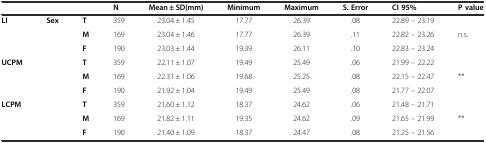
| <COLSPAN=3>  | N | Mean ± SD(mm) | Minimum | Maximum | S. Error | CI 95% | P value |
 | --- | --- | --- | --- | --- | --- | --- | --- | --- | --- |
 | <ROWSPAN=3> LI | <ROWSPAN=9> Sex | T | 359 | 23.04 ± 1.45 | 17.77 | 26.39 | .08 | 22.89 – 23.19 |  |
 | M | 169 | 23.04 ± 1.46 | 17.77 | 26.39 | .11 | 22.82 – 23.26 | <ROWSPAN=2> n.s. |
 | F | 190 | 23.03 ± 1.44 | 19.39 | 26.11 | .10 | 22.83 – 23.24 |
 | <ROWSPAN=3> UCPM | T | 359 | 22.11 ± 1.07 | 19.49 | 25.49 | .06 | 21.99 – 22.22 |  |
 | M | 169 | 22.31 ± 1.06 | 19.68 | 25.25 | .08 | 22.15 – 22.47 | <ROWSPAN=2> ** |
 | F | 190 | 21.92 ± 1.04 | 19.49 | 25.49 | .08 | 21.77 – 22.07 |
 | <ROWSPAN=3> LCPM | T | 359 | 21.60 ± 1.12 | 18.37 | 24.62 | .06 | 21.48 – 21.71 |  |
 | M | 169 | 21.82 ± 1.11 | 19.35 | 24.62 | .09 | 21.65 – 21.99 | <ROWSPAN=2> ** |
 | F | 190 | 21.40 ± 1.09 | 18.37 | 24.47 | .08 | 21.25 – 21.56 |